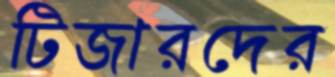
টিজারদের